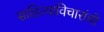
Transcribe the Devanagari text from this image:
साहित्याविचारांची